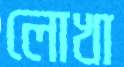
লোখা